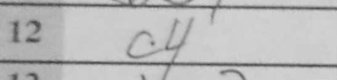
Transcription: c4